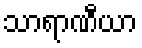
သာရာဏီယာ